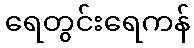
ရေတွင်းရေကန်